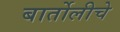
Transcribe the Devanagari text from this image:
बार्तोलीचे